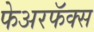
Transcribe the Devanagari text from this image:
फेअरफॅक्स